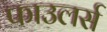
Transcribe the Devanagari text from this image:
फाउलर्स